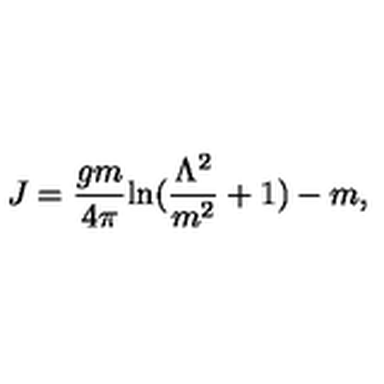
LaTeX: J = \frac { g m } { 4 \pi } \mathrm { l n } ( \frac { \Lambda ^ { 2 } } { m ^ { 2 } } + 1 ) - m ,